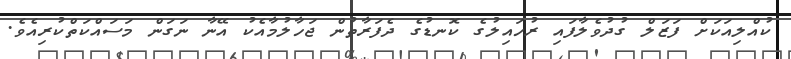
ކުއްލިއަކަށް ފަޒަލް ގުދުވެލާފައި ރުހައިލުގެ ކޮނޑުގެ ދެފަރާތުން ޖަހާލުމާއެކު އޭނާ ނަގަން މަސައްކަތްކުރިއެވެ.